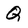
Character: Q